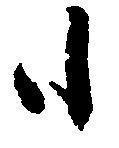
も